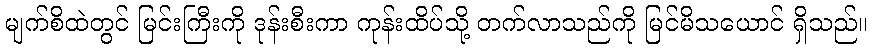
မျက်စိထဲတွင် မြင်းကြီးကို ဒုန်းစီးကာ ကုန်းထိပ်သို့ တက်လာသည်ကို မြင်မိသယောင် ရှိသည်။